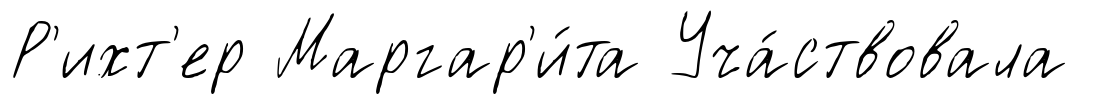
Р'ихт'ер Маргар'и́та Уча́ствовала